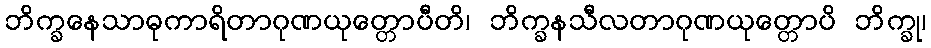
ဘိက္ခနေသာဓုကာရိတာဂုဏယုတ္တောပီတိ၊ ဘိက္ခနသီလတာဂုဏယုတ္တောပိ ဘိက္ခု၊